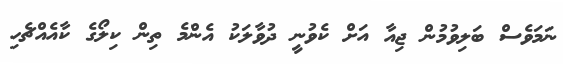
ނަމަވެސް ބަލިވުމުން ޖިއާ އަށް ކެވުނީ ދުވާލަކު އެންމެ ތިން ކިލޯގެ ކާއެއްޗެހި